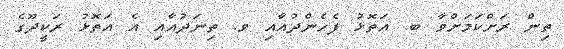
ތިން ރަށްކަމަށްވާ ބ. އަތޮޅު ފެހެންދުއާއި ވ. ތިނަދުއާއި އެ އަތޮޅު ރަކީދޫގެ